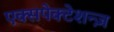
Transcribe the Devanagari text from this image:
एक्सपेक्टेशन्ज़